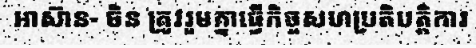
អាស៊ាន- ចិន ត្រូវរួមគ្នាធ្វើកិច្ចសហប្រតិបត្តិការ